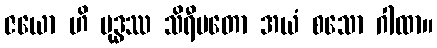
ဇယော ဟိ ဗုဒ္ဓဿ သိရီမတော အယံ စသော ဂါထာ။